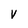
Character: v